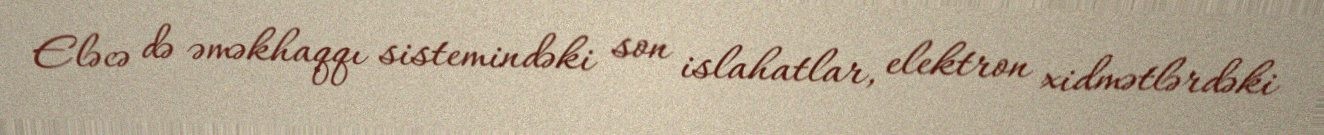
Eləcə də əməkhaqqı sistemindəki son islahatlar, elektron xidmətlərdəki